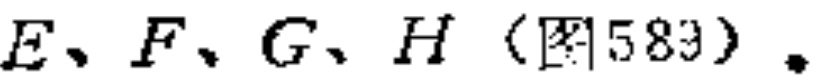
$E、F、G、H（图589）。$